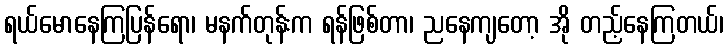
ရယ်မောနေကြပြန်ရော၊ မနက်တုန်းက ရန်ဖြစ်တာ၊ ညနေကျတော့ အို တည့်နေကြတယ်၊